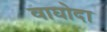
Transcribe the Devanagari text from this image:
वाघोदा